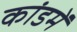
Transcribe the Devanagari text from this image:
कांडमें